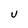
Character: U